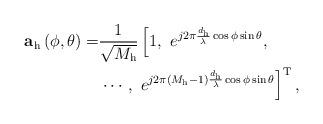
LaTeX: \begin{align*}\mathbf{a}_{\mathrm{h}}\left(\phi,\theta\right) = & \frac{1}{\sqrt{M_{\mathrm{h}}}}\left[1, \,\, e^{j2\pi \frac{d_{\mathrm{h}}}{\lambda}\cos\phi\sin\theta}, \,\, \right. \\& \left. \cdots, \,\, e^{j2\pi \left(M_{\mathrm{h}}-1\right)\frac{d_{\mathrm{h}}}{\lambda}\cos\phi\sin\theta}\right]^{\mathrm{T}},\end{align*}